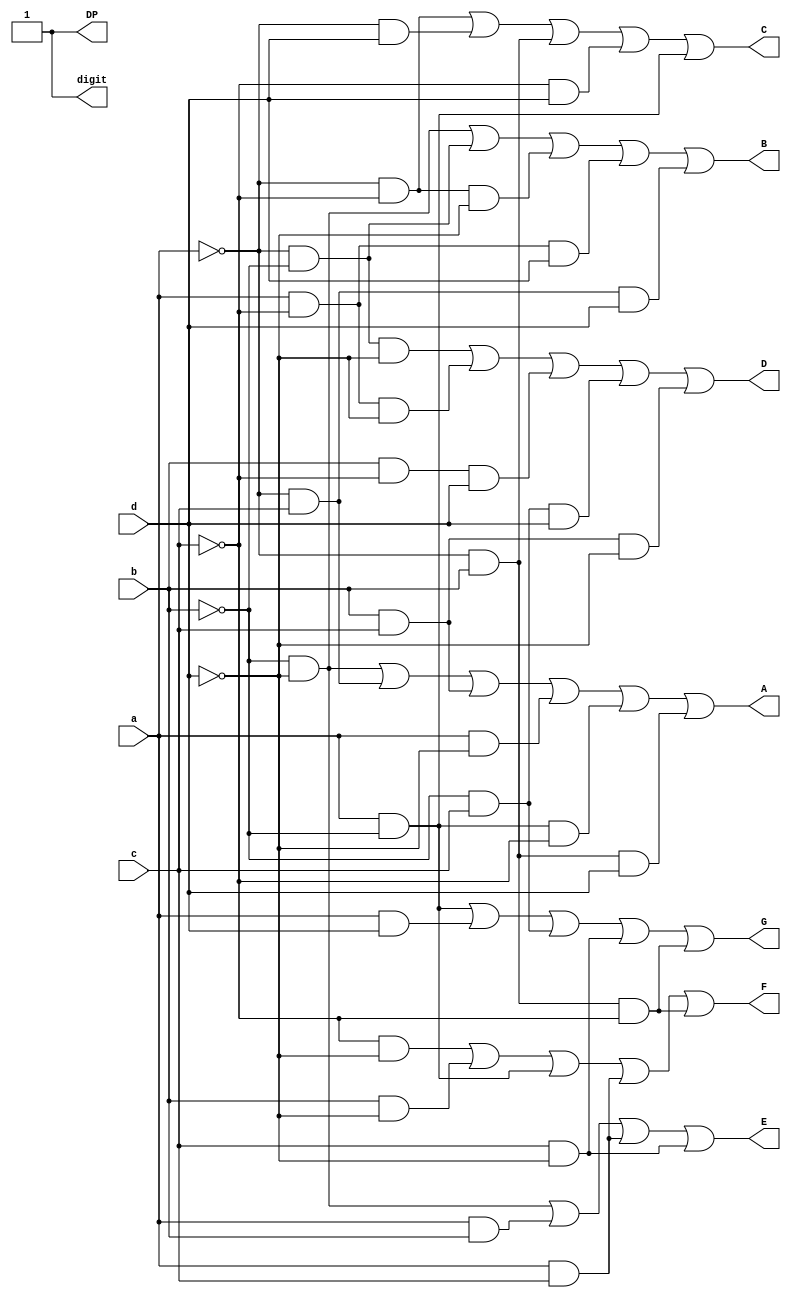
`timescale 1ns / 1ps

module seven_segment_display(
input a,b,c,d,
output A,B,C,D,E,F,G,DP,digit
    );
assign A=(~b&~d)|(~a&c)|(b&c)|(a&~d)|(a&~b&~c)|(~a&b&d);
assign B=(~b&~d)|(~a&~b)|(~a&~c&~d)|(a&~c&d)|(~a&c&d);
assign C=(~a&~c)|(~a&d)|(~a&b)|(~c&d)|(a&~b);
assign D=(~a&~b&~d)|(a&~c&~d)|(b&~c&d)|(~b&c&d)|(b&c&~d);
assign E=(~b&~d)|(a&b)|(a&c)|(c&~d);
assign F=(~c&~d)|(b&~d)|(a&~b)|(a&c)|(~a&b&~c);
assign G=(a&~b)|(a&d)|(~b&c)|(c&~d)|(~a&b&~c);
assign DP=1;
assign digit=A|B|C|D|E|F|G|DP;
endmodule